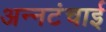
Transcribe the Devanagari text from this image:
अन्नटंचाई